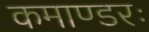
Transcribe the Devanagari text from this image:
कमाण्डरः